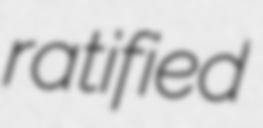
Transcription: ratified